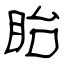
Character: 眙